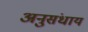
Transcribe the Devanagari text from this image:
अनुसंधाय